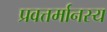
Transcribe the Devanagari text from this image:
प्रवत्तर्मानस्य